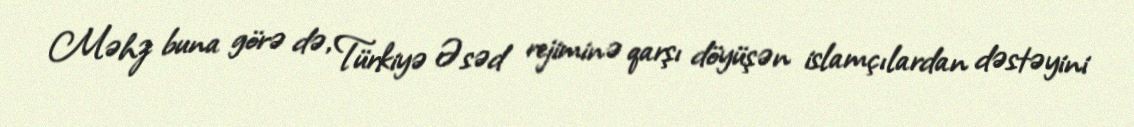
Məhz buna görə də, Türkiyə Əsəd rejiminə qarşı döyüşən islamçılardan dəstəyini